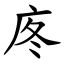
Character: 庝